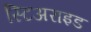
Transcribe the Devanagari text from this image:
स्टिअराइड